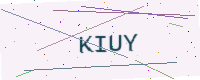
Text: KIUY